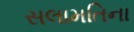
સલામતિના